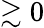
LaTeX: \gtrsim 0